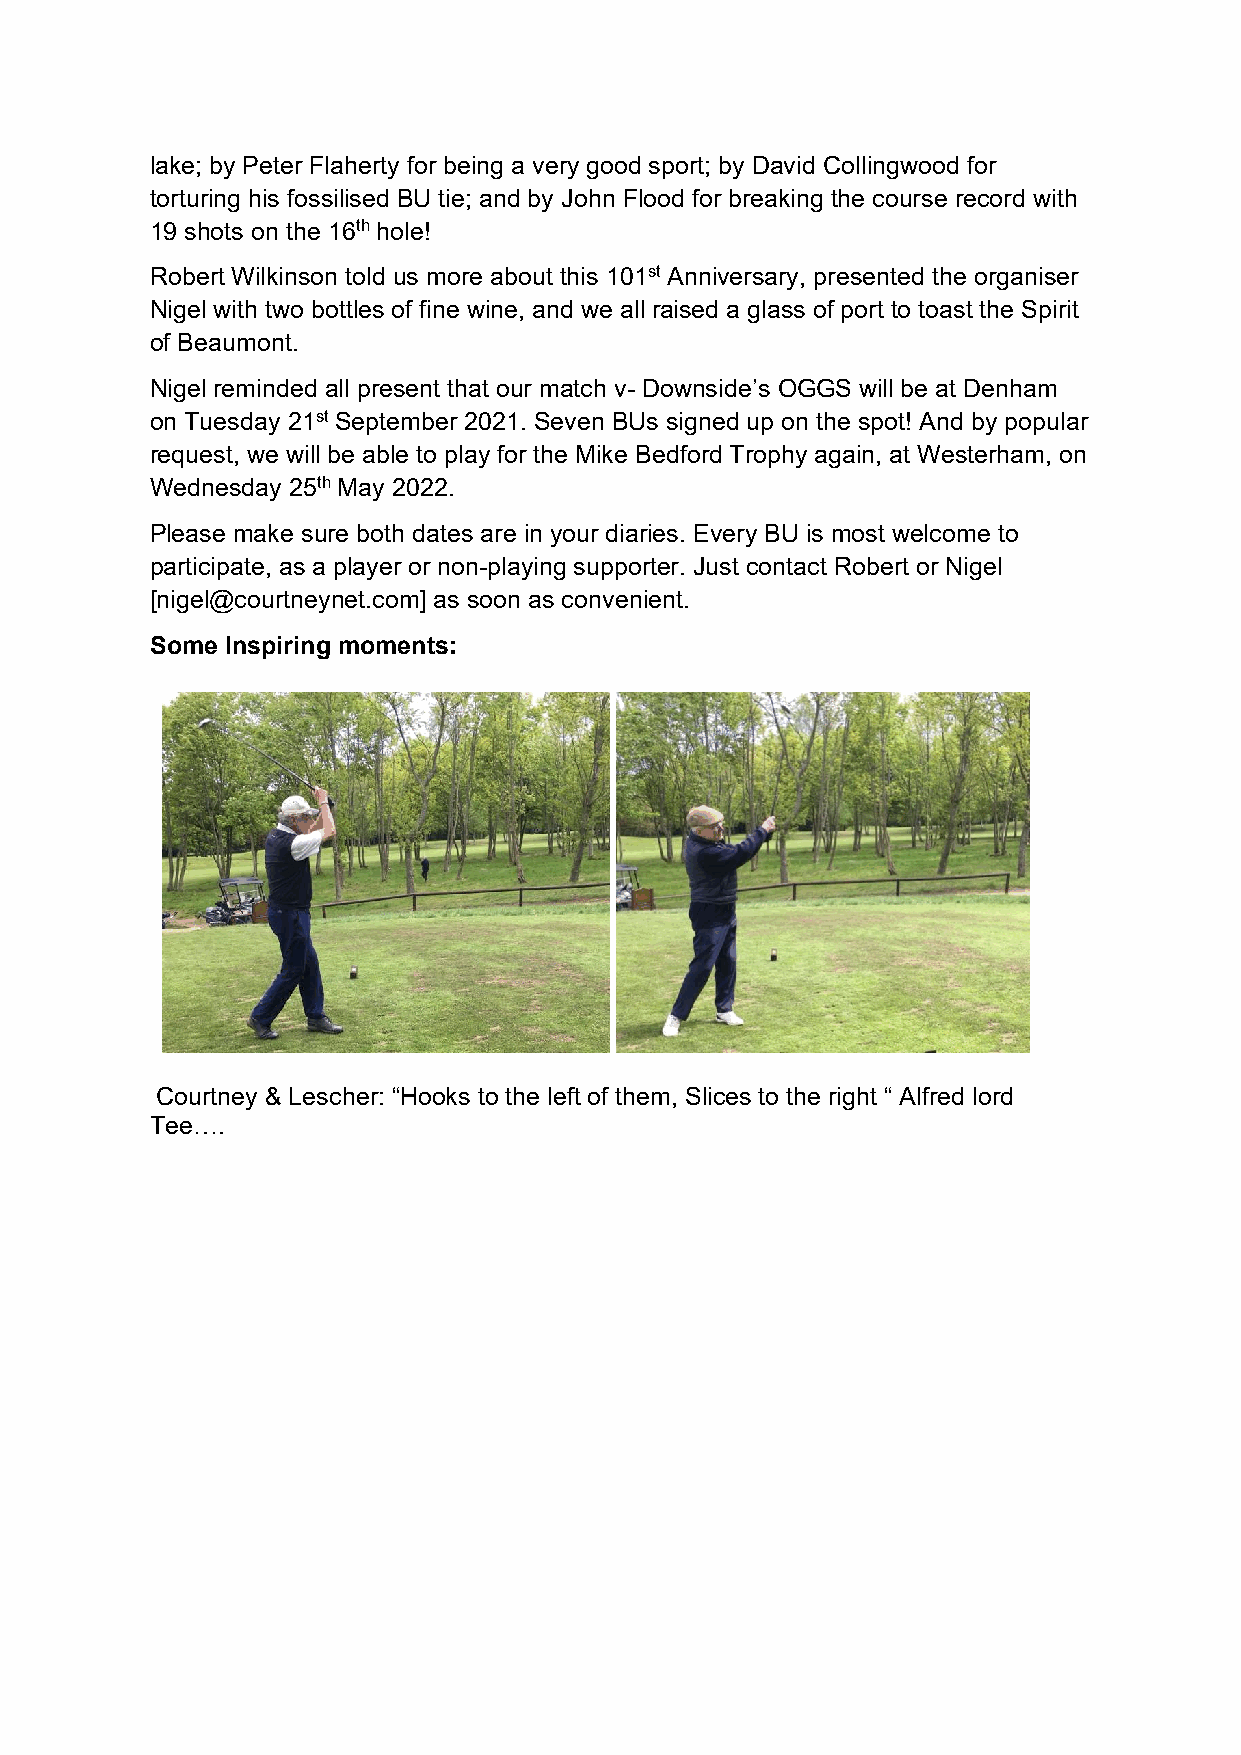
lake; by Peter Flaherty for being a very good sport; by David Collingwood for
 torturing his fossilised BU tie; and by John Flood for breaking the course record with
 19 shots on the 16th hole!
 Robert Wilkinson told us more about this 101st Anniversary, presented the organiser
 Nigel with two bottles of fine wine, and we all raised a glass of port to toast the Spirit
 of Beaumont.
 Nigel reminded all present that our match v- Downside’s OGGS will be at Denham
 on Tuesday 21st September 2021. Seven BUs signed up on the spot! And by popular
 request, we will be able to play for the Mike Bedford Trophy again, at Westerham, on
 Wednesday 25th May 2022.
 Please make sure both dates are in your diaries. Every BU is most welcome to
 participate, as a player or non-playing supporter. Just contact Robert or Nigel
 [nigel@courtneynet.com] as soon as convenient.
 Some Inspiring moments:
 Courtney & Lescher: “Hooks to the left of them, Slices to the right “ Alfred lord
 Tee….